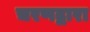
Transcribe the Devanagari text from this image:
चरणद्वारा